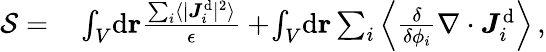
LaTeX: \begin{array}{rl}{\mathcal{S}=}&{{}\int_{V}\! \mathrm{d}\mathbf{r}\frac{\sum_{i}\langle\vert{\boldsymbol{J}}_{i}^{\mathrm{d}}\vert^{2}\rangle}{\epsilon}+\! \int_{V}\! \mathrm{d}\mathbf{r}\sum_{i}\left\langle\frac{\delta}{\delta{\phi_{i}}}\nabla\cdot\boldsymbol{J}_{i}^{\mathrm{d}}\right\rangle\, ,}\end{array}